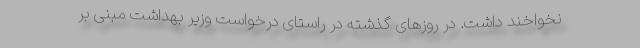
نخواخند داشت. در روزهای گذشته در راستای درخواست وزیر بهداشت مبنی بر